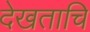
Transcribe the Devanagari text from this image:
देखताचि